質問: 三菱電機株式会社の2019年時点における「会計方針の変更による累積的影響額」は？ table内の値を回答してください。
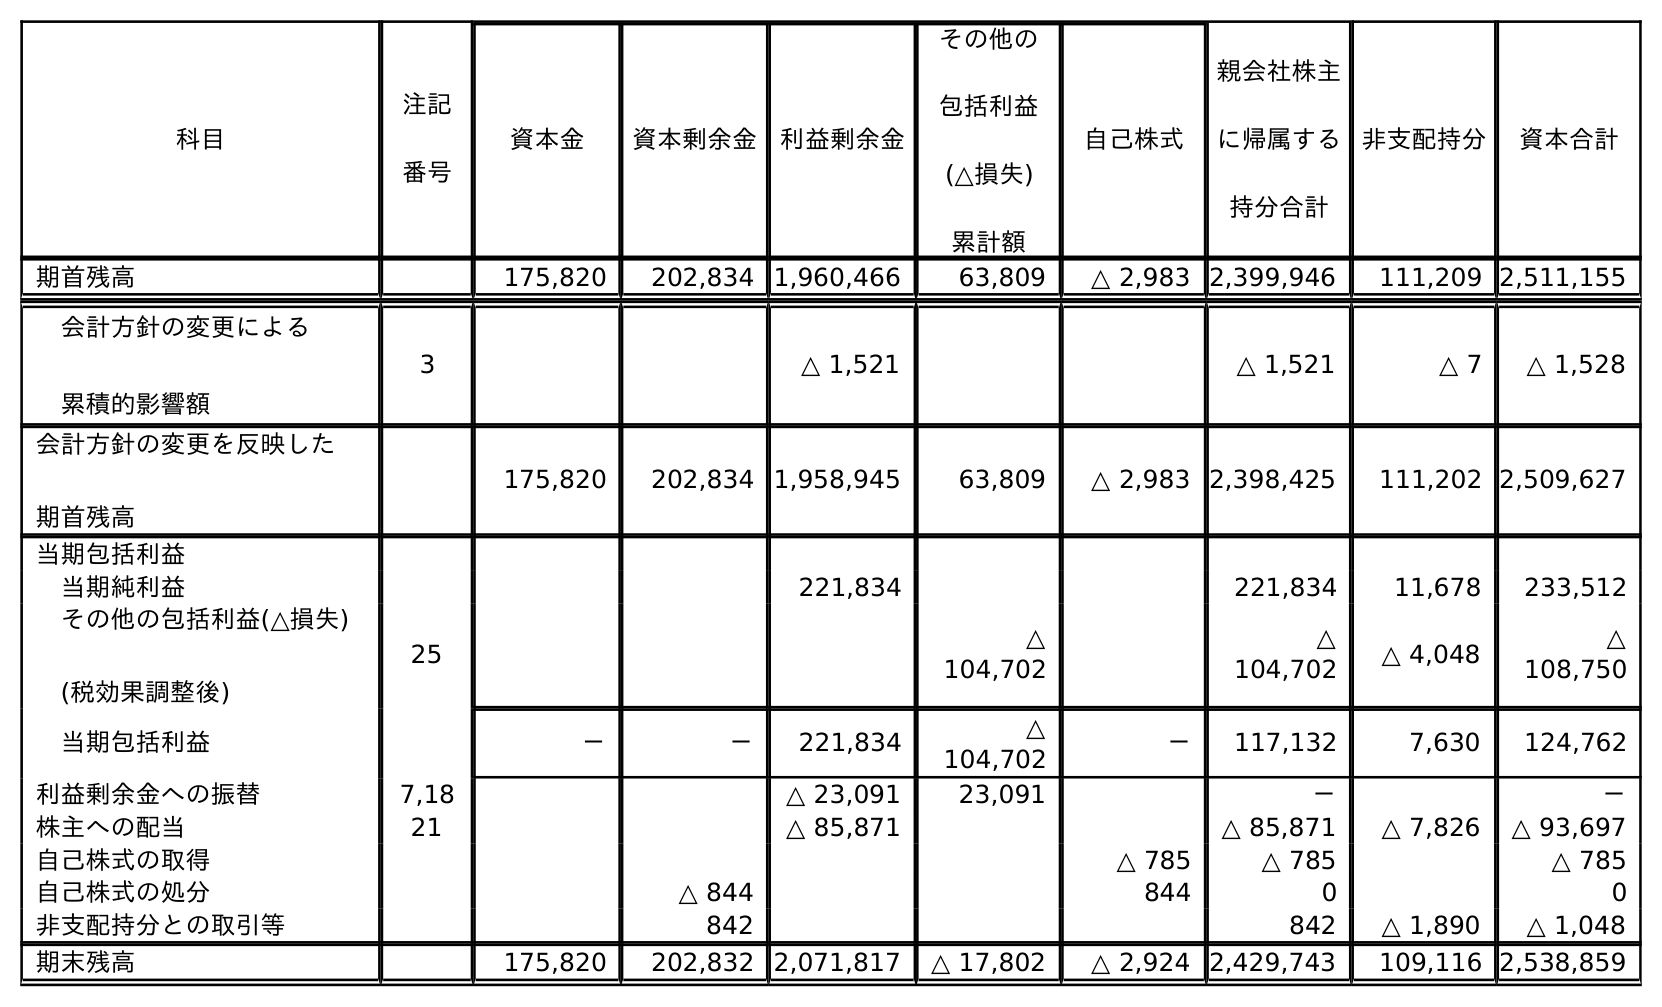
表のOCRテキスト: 科目 注記 番号 非支配持分 資本合計 資本金 資本剰余金 利益剰余金 その他の 包括利益 (△損失) 累計額 自己株式 親会社株主 に帰属する 持分合計 期首残高 175,820 202,834 1,960,466 63,809 △ 2,983 2,399,946 111,209 2,511,155 会計方針の変更による 累積的影響額 3 △ 1,521 △ 1,521 △ 7 △ 1,528 会計方針の変更を反映した 期首残高 175,820 202,834 1,958,945 63,809 △ 2,983 2,398,425 111,202 2,509,627 当期包括利益 当期純利益 221,834 221,834 11,678 233,512 その他の包括利益(△損失) (税効果調整後) 25 △ 104,702 △ 104,702 △ 4,048 △ 108,750 当期包括利益 － － 221,834 △ 104,702 － 117,132 7,630 124,762 利益剰余金への振替 7,18 △ 23,091 23,091 － － 株主への配当 21 △ 85,871 △ 85,871 △ 7,826 △ 93,697 自己株式の取得 △ 785 △ 785 △ 785 自己株式の処分 △ 844 844 0 0 非支配持分との取引等 842 842 △ 1,890 △ 1,048 期末残高 175,820 202,832 2,071,817 △ 17,802 △ 2,924 2,429,743 109,116 2,538,859
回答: △1,528